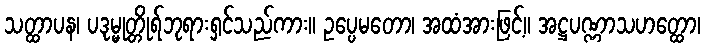
သတ္ထာပန၊ ပဒုမ္မုတ္တိုရ်ဘုရားရှင်သည်ကား။ ဥပ္ပေမတော၊ အထံအားဖြင့်။ အဋ္ဌပဏ္ဏာသဟတ္ထော၊